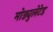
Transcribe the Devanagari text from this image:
मोड्युलेटेड